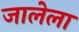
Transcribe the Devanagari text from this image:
जालेला